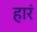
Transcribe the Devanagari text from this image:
हारं